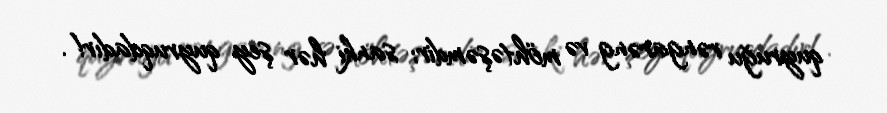
quyruğu rəngarəng və möhtəşəmdir; sanki hər şey quyruqdadır!.